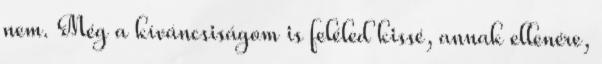
nem. Még a kíváncsiságom is feléled kissé, annak ellenére,